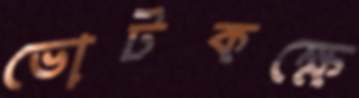
ভোটকক্ষে